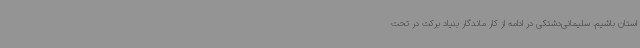
استان باشیم. سلیمانی‌دشتکی در ادامه از کار ماندگار بنیاد برکت در تحت